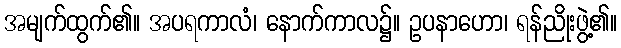
အမျက်ထွက်၏။ အပရကာလံ၊ နောက်ကာလ၌။ ဥပနာဟော၊ ရန်ညိုးဖွဲ့၏။